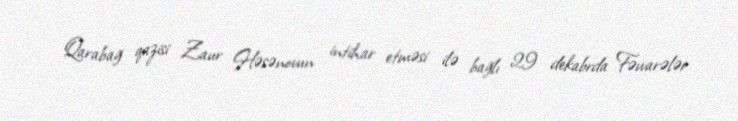
Qarabağ qazisi Zaur Həsənovun intihar etməsi ilə bağlı 29 dekabrda Fəvvarələr